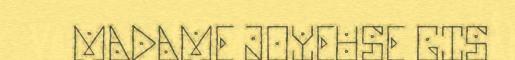
MADAME JOYEUSE GIS